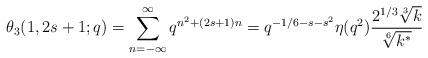
LaTeX: \begin{align*}\theta_3(1,2s+1;q)=\sum^{\infty}_{n=-\infty}q^{n^2+(2s+1)n}=q^{-1/6-s-s^2}\eta(q^2)\frac{2^{1/3}\sqrt[3]{k}}{\sqrt[6]{k^{*}}}\end{align*}